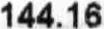
144.16